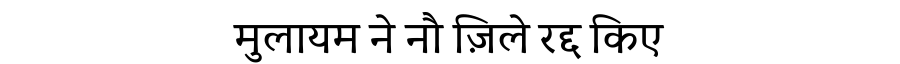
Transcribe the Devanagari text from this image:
मुलायम ने नौ ज़िले रद्द किए